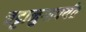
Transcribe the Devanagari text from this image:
चट्टानुगापर्यंत